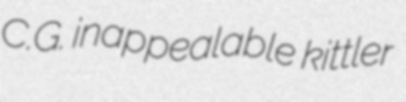
C.G. inappealable kittler